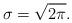
LaTeX: \begin{align*} \sigma=\sqrt{2\pi}.\end{align*}